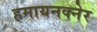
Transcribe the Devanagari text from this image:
हमायनक्नेर